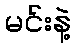
မင်းနဲ့